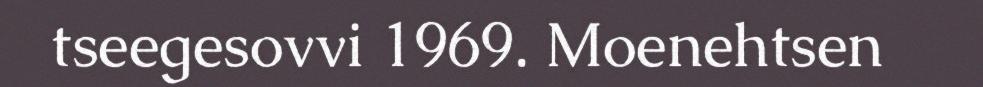
tseegesovvi 1969. Moenehtsen